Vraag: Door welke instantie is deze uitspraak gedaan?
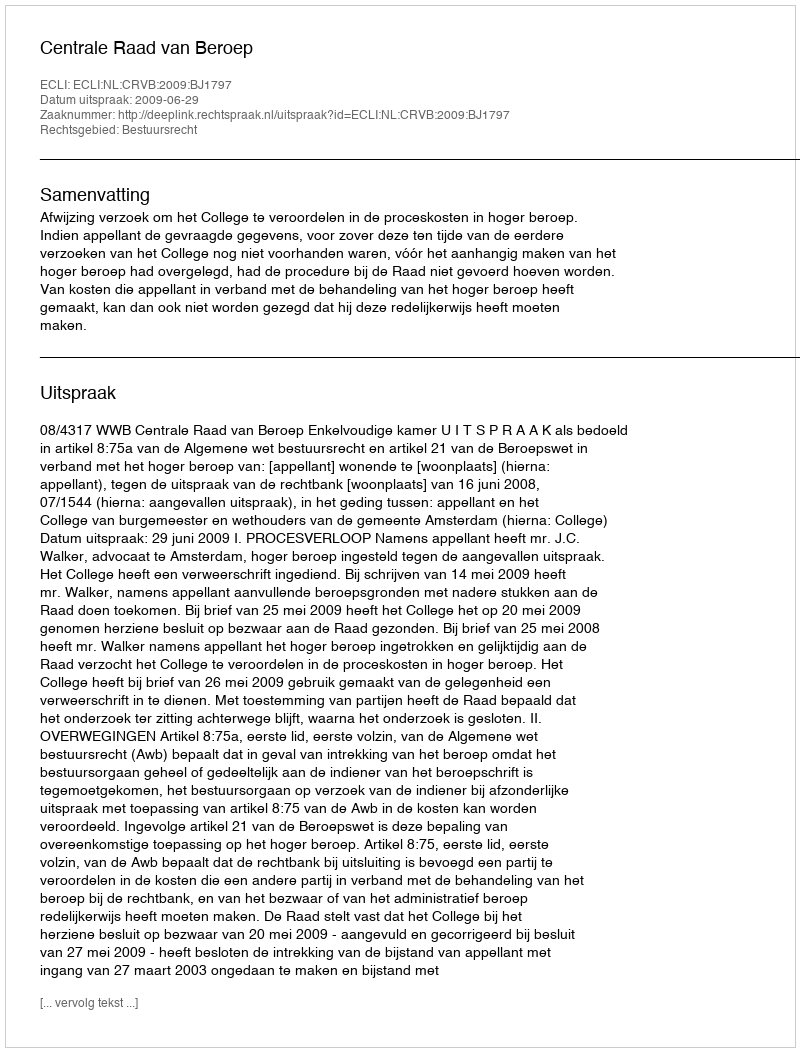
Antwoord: Centrale Raad van Beroep